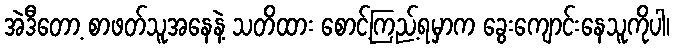
အဲဒီတော့ စာဖတ်သူအနေနဲ့ သတိထား စောင့်ကြည့်ရမှာက ခွေးကျောင်းနေသူကိုပါ၊